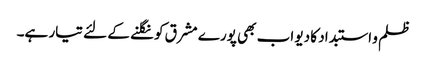
ظلم و استبداد کا دیو اب بھی پورے مشرق کو نگلنے کے لئے تیار ہے۔